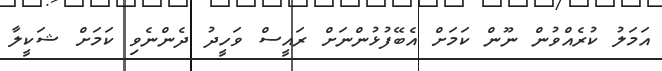
އަމަލު ކުރެއްވުން ނޫން ކަމަށް އެބޭފުޅުންނަށް ރައީސް ވަހީދު ދެންނެވި ކަމަށް ޝަކީލާ